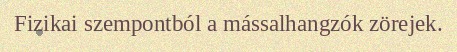
Fizikai szempontból a mássalhangzók zörejek.